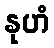
နုဟံ